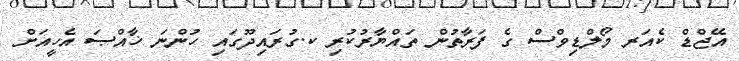
އޭޖްޑް ކެއަރ މޯލްޑިވްސް ގެ ފަރާތުން ތައްޔާރުކުރި ކ.ގުރައިދޫގައި ހުންނަ ޚާއްޞަ އެހީއަށް